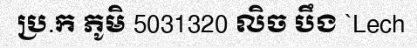
ប្រ.ក ភូមិ 5031320 លិច បឹង `Lech